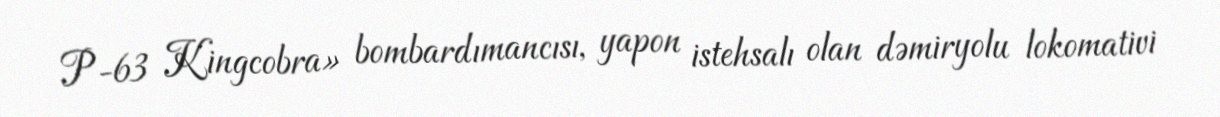
P-63 Kingcobra» bombardımancısı, yapon istehsalı olan dəmiryolu lokomativi